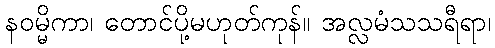
နဝမ္မိကာ၊ တောင်ပို့မဟုတ်ကုန်။ အလ္လမံသသရီရာ၊